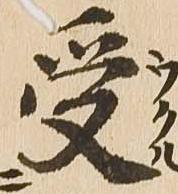
受